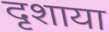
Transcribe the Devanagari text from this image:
दृशाया